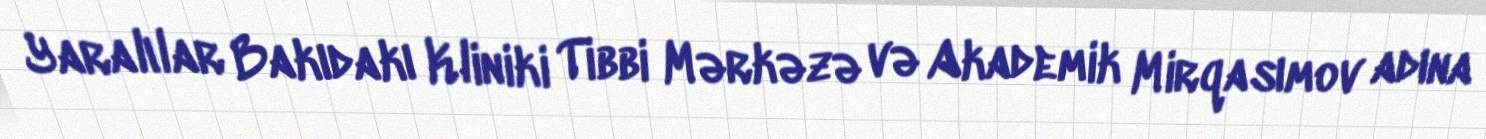
Yaralılar Bakıdakı Kliniki Tibbi Mərkəzə və Akademik Mirqasımov adına